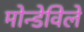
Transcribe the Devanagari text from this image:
मोन्डेविले